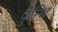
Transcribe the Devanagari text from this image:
पुन्थि